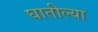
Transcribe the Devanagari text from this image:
घातील्या